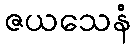
ဇယသေနံ